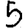
Digit: 5